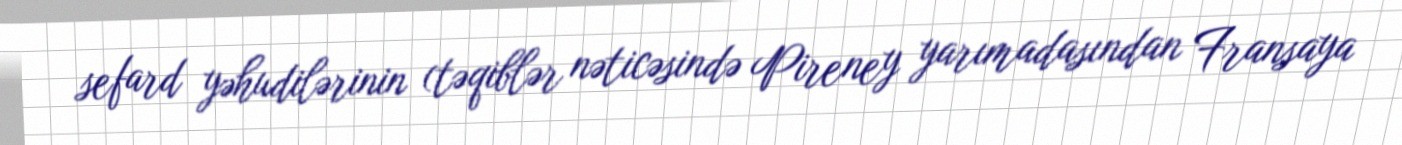
sefard yəhudilərinin (təqiblər nəticəsində Pireney yarımadasından Fransaya